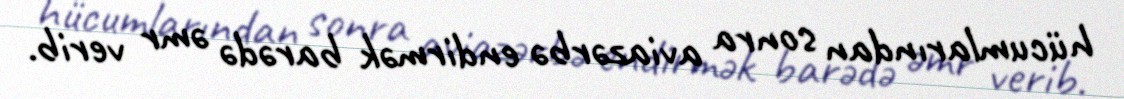
hücumlarından sonra aviazərbə endirmək barədə əmr verib.